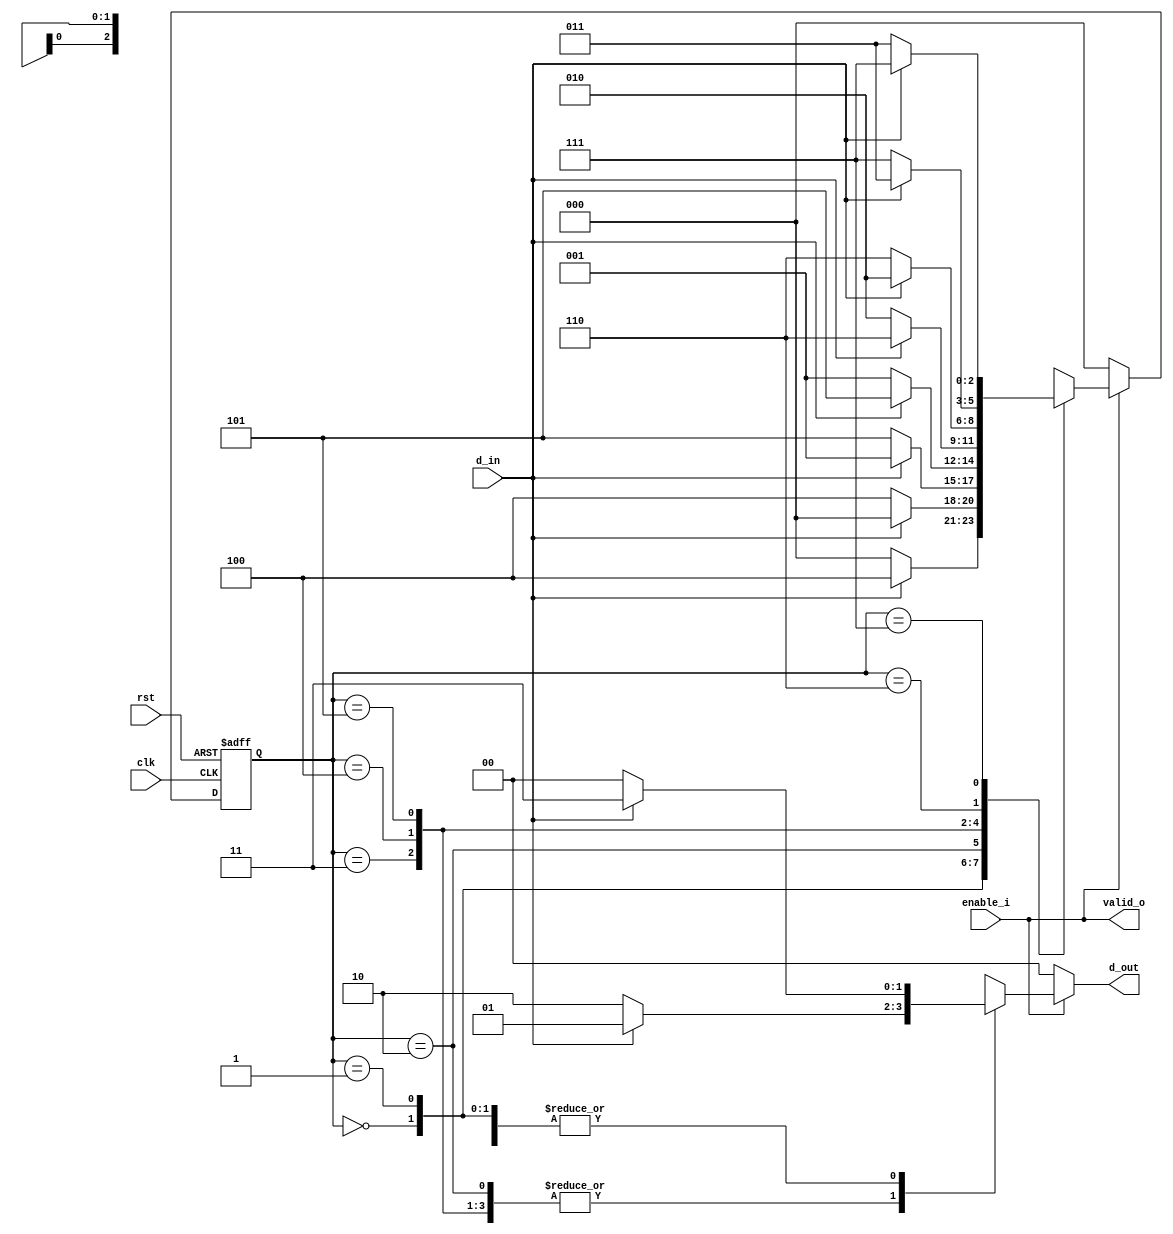
module encoder
(
   clk,
   rst,
   enable_i,
   d_in,
   valid_o,
   d_out
);
   input             clk;
   input             rst;
   input             enable_i;
   input             d_in;
   output reg        valid_o;
   output      [1:0] d_out;
   
   reg         [2:0] cstate;
   reg         [2:0] nstate;
   
   reg         [1:0] d_out_reg;

   assign   d_out    =  (enable_i==1'b1)?d_out_reg:2'b00;
     

   always @(*) begin
      valid_o  =   enable_i;
      case (cstate)
         3'b000:
         begin
            if(d_in==1'b0)
            begin
               nstate   =  3'b000;
               d_out_reg    =  2'b00;
            end
            else
            begin
               nstate   =  3'b100;
               d_out_reg    =  2'b11;
            end
         end
         3'b001:
         begin
            if(d_in==1'b0)
            begin
               nstate   =  3'b100;
               d_out_reg    =  2'b00;
            end
            else
            begin
               nstate   =  3'b000;
               d_out_reg    =  2'b11;
            end
         end
         3'b010:
         begin
            if(d_in==1'b0)
            begin
               nstate   =  3'b101;
               d_out_reg    =  2'b10;
            end
            else
            begin
               nstate   =  3'b001;
               d_out_reg    =  2'b01;
            end
         end
         3'b011:
         begin
            if(d_in==1'b0)
            begin
               nstate   =  3'b001;
               d_out_reg    =  2'b10;
            end
            else
            begin
               nstate   =  3'b101;
               d_out_reg    =  2'b01;
            end
         end
         3'b100:
         begin
            if(d_in==1'b0)
            begin
               nstate   =  3'b010;
               d_out_reg    =  2'b10;
            end
            else
            begin
               nstate   =  3'b110;
               d_out_reg    =  2'b01;
            end
         end
         3'b101:
         begin
            if(d_in==1'b0)
            begin
               nstate   =  3'b110;
               d_out_reg    =  2'b10;
            end
            else
            begin
               nstate   =  3'b010;
               d_out_reg    =  2'b01;
            end
         end
         3'b110:
         begin
            if(d_in==1'b0)
            begin
               nstate   =  3'b111;
               d_out_reg    =  2'b00;
            end
            else
            begin
               nstate   =  3'b011;
               d_out_reg    =  2'b11;
            end
         end
         3'b111:
         begin
            if(d_in==1'b0)
            begin
               nstate   =  3'b011;
               d_out_reg    =  2'b00;
            end
            else
            begin
               nstate   =  3'b111;
               d_out_reg    =  2'b11;
            end
         end

      endcase
   end



   always @ (posedge clk,negedge rst) 
   begin
//      $display("data in=%d state=%b%b%b data out=%b%b",d_in,reg_1,reg_2,reg_3,d_out_reg[1],d_out_reg[0]);
      if(rst==1'b0)
         cstate   <= 3'b000;
      else if(enable_i==1'b0)
         cstate   <= 3'b000;
      else
         cstate   <= nstate;
   end
   


endmodule